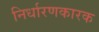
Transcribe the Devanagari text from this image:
निर्धारणकारक